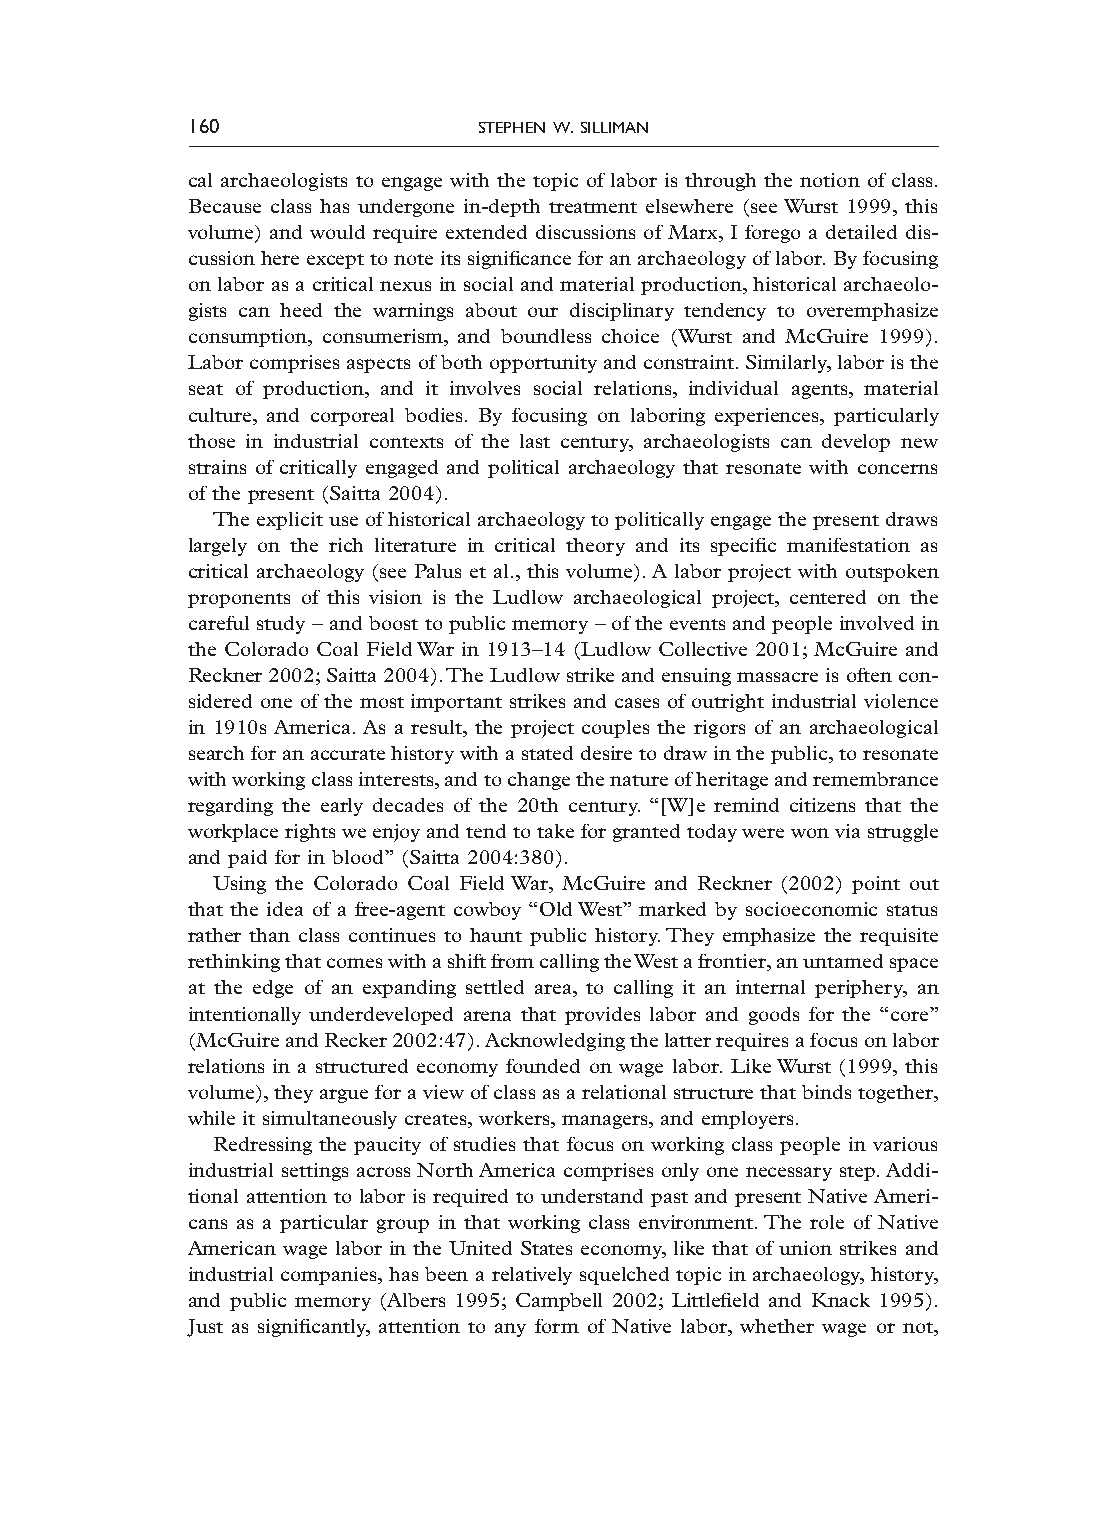
160                stephen w. silliman
 cal archaeologists to engage with the topic of labor is through the notion of class.
 Because class has undergone in-depth treatment elsewhere (see Wurst 1999, this
 volume) and would require extended discussions of Marx, I forego a detailed dis-
 cussion here except to note its significance for an archaeology of labor. By focusing
 on labor as a critical nexus in social and material production, historical archaeolo-
 gists can heed the warnings about our disciplinary tendency to overemphasize
 consumption, consumerism, and boundless choice (Wurst and McGuire 1999).
 Labor comprises aspects of both opportunity and constraint. Similarly, labor is the
 seat of production, and it involves social relations, individual agents, material
 culture, and corporeal bodies. By focusing on laboring experiences, particularly
 those in industrial contexts of the last century, archaeologists can develop new
 strains of critically engaged and political archaeology that resonate with concerns
 of the present (Saitta 2004).
 The explicit use of historical archaeology to politically engage the present draws
 largely on the rich literature in critical theory and its specific manifestation as
 critical archaeology (see Palus et al., this volume). A labor project with outspoken
 proponents of this vision is the Ludlow archaeological project, centered on the
 careful study – and boost to public memory – of the events and people involved in
 the Colorado Coal Field War in 1913–14 (Ludlow Collective 2001; McGuire and
 Reckner 2002; Saitta 2004). The Ludlow strike and ensuing massacre is often con-
 sidered one of the most important strikes and cases of outright industrial violence
 in 1910s America. As a result, the project couples the rigors of an archaeological
 search for an accurate history with a stated desire to draw in the public, to resonate
 with working class interests, and to change the nature of heritage and remembrance
 regarding the early decades of the 20th century. “[W]e remind citizens that the
 workplace rights we enjoy and tend to take for granted today were won via struggle
 and paid for in blood” (Saitta 2004:380).
 Using the Colorado Coal Field War, McGuire and Reckner (2002) point out
 that the idea of a free-agent cowboy “Old West” marked by socioeconomic status
 rather than class continues to haunt public history. They emphasize the requisite
 rethinking that comes with a shift from calling the West a frontier, an untamed space
 at the edge of an expanding settled area, to calling it an internal periphery, an
 intentionally underdeveloped arena that provides labor and goods for the “core”
 (McGuire and Recker 2002:47). Acknowledging the latter requires a focus on labor
 relations in a structured economy founded on wage labor. Like Wurst (1999, this
 volume), they argue for a view of class as a relational structure that binds together,
 while it simultaneously creates, workers, managers, and employers.
 Redressing the paucity of studies that focus on working class people in various
 industrial settings across North America comprises only one necessary step. Addi-
 tional attention to labor is required to understand past and present Native Ameri-
 cans as a particular group in that working class environment. The role of Native
 American wage labor in the United States economy, like that of union strikes and
 industrial companies, has been a relatively squelched topic in archaeology, history,
 and public memory (Albers 1995; Campbell 2002; Littlefield and Knack 1995).
 Just as significantly, attention to any form of Native labor, whether wage or not,